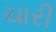
ચારી